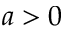
a > 0